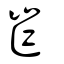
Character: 岝